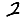
Digit: 2